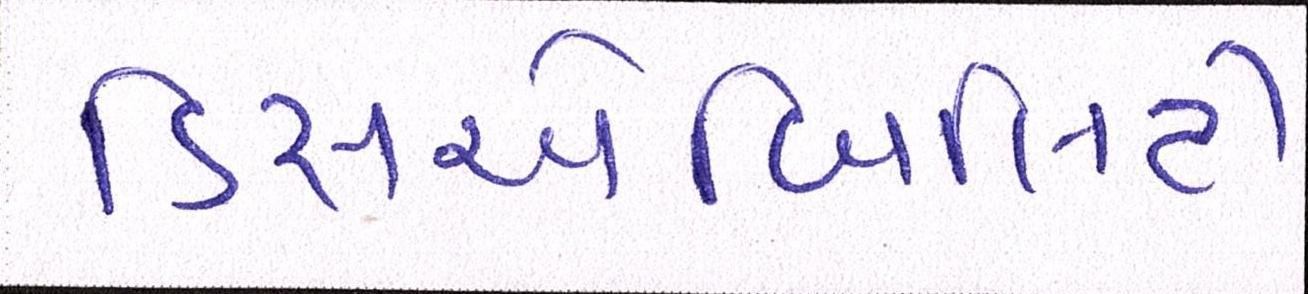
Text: ડિસએબિલિટી